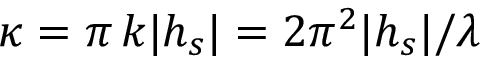
\kappa = \pi \, k | h _ { s } | = 2 \pi ^ { 2 } | h _ { s } | / \lambda